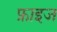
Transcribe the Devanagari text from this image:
फ्राइज